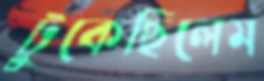
টুকেছিলেম